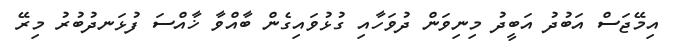
އިމޭޖަސް އަބުދު އަބީދު މިނިވަން ދުވަހާއި ގުޅުވައިގެން ބާއްވާ ޚާއްސަ ފުޅަނދުބުރު މިރޭ